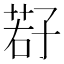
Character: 𫲩